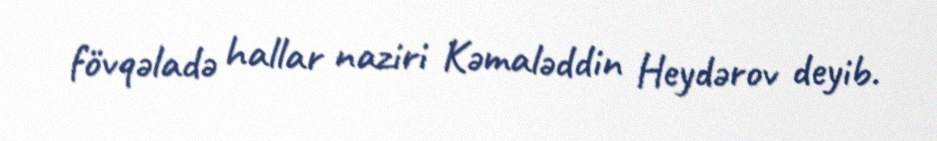
fövqəladə hallar naziri Kəmaləddin Heydərov deyib.